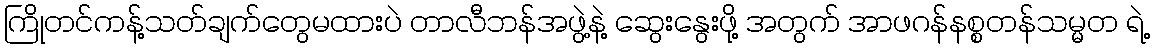
ကြိုတင်ကန့်သတ်ချက်တွေမထားပဲ တာလီဘန်အဖွဲ့နဲ့ ဆွေးနွေးဖို့ အတွက် အာဖဂန်နစ္စတန်သမ္မတ ရဲ့